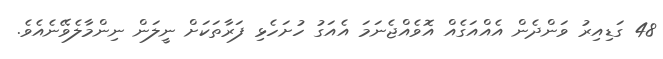
48 ގަޑިއިރު ވަންދެން އެއްއަގެއް އޮވެއްޖެނަމަ އެއަގު ހުށަހެޅި ފަރާތަކަށް ނީލަން ނިންމާލެވޭނެއެވެ.